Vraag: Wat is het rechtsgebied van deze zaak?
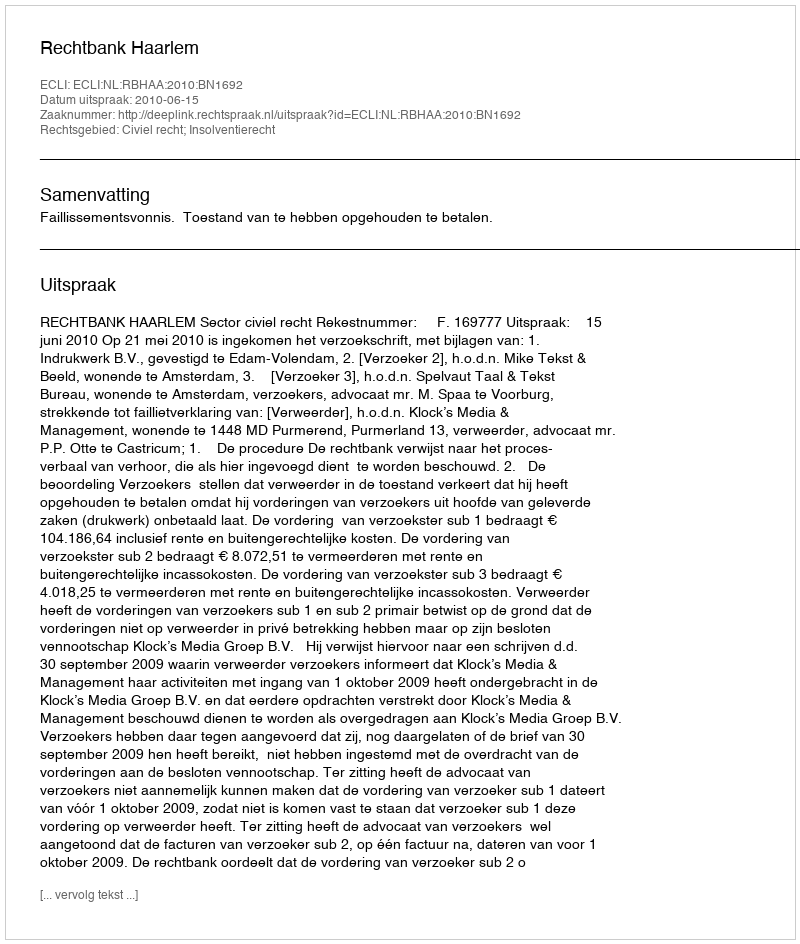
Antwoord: Civiel recht; Insolventierecht